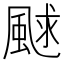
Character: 𩗕